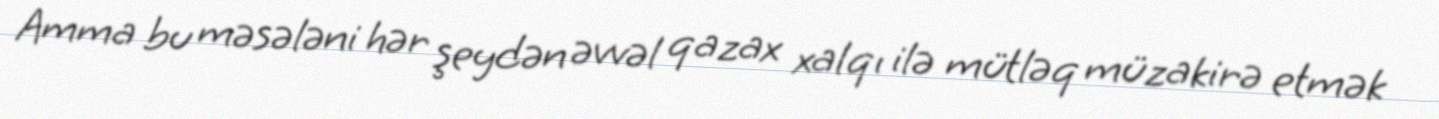
Amma bu məsələni hər şeydən əvvəl qazax xalqı ilə mütləq müzakirə etmək